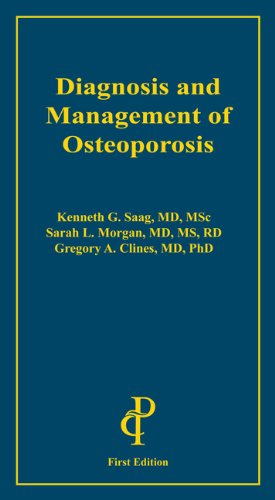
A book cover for Diagnosis and Management of Osteoporosis; Kenneth G. Saag; Health, Fitness & Dieting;